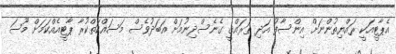
އެޕާޓީއަކީ ރައްޔިތުންނަށް އިންސާފު އަދި ތަރައްޤީ ގެނެސްދިނުމަށް އަބަދުވެސް މަސައްކަތްކުރާ ޕާޓީއެއްކަމަށް މޫސަ